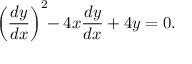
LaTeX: \left( { \frac { d y } { d x } } \right) ^ { 2 } \! \! - 4 x { \frac { d y } { d x } } + 4 y = 0 .